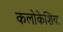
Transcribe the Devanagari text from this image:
कलोकेशिया